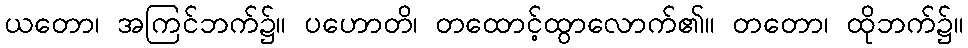
ယတော၊ အကြင်ဘက်၌။ ပဟောတိ၊ တထောင့်ထွာလောက်၏။ တတော၊ ထိုဘက်၌။